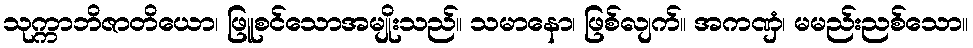
သုက္ကာဘိဇာတိယော၊ ဖြူစင်သောအမျိုးသည်။ သမာနော၊ ဖြစ်လျက်။ အကဏှံ၊ မမည်းညစ်သော။